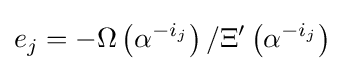
e_{j}=-\Omega \left(\alpha ^{-i_{j}}\right)/\Xi '\left(\alpha ^{-i_{j}}\right)